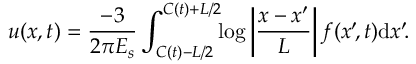
u ( x , t ) = \frac { - 3 } { 2 \pi E _ { s } } \int _ { C ( t ) - L / 2 } ^ { C ( t ) + L / 2 } \! \! \log \left| \frac { x - x ^ { \prime } } { L } \right| f ( x ^ { \prime } \! , t ) \mathrm { d } x ^ { \prime } \! .